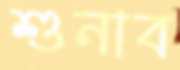
শুনাব